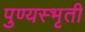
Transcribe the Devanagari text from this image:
पुण्यस्भृती